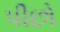
પીછો